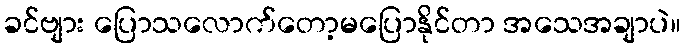
ခင်ဗျား ပြောသလောက်တော့မပြောနိုင်တာ အသေအချာပဲ။